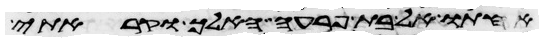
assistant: אחותו אל בת פרעה האלך וקראתי